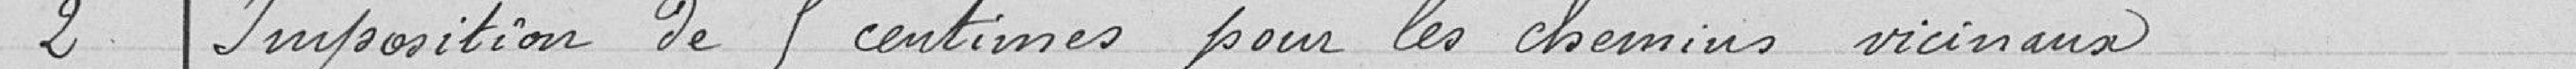
2 - Imposition de 9 centimes pour les chemins vicinaux